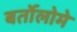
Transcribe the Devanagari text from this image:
बर्तोलोमे